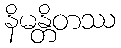
နိမန္တိတဿ